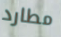
مطارد